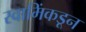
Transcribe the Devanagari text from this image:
स्वामिंकडून